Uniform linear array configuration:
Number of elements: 48
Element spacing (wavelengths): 1
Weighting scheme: binomial
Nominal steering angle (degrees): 30
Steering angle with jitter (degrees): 28.664
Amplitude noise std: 0.05
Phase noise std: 0.05

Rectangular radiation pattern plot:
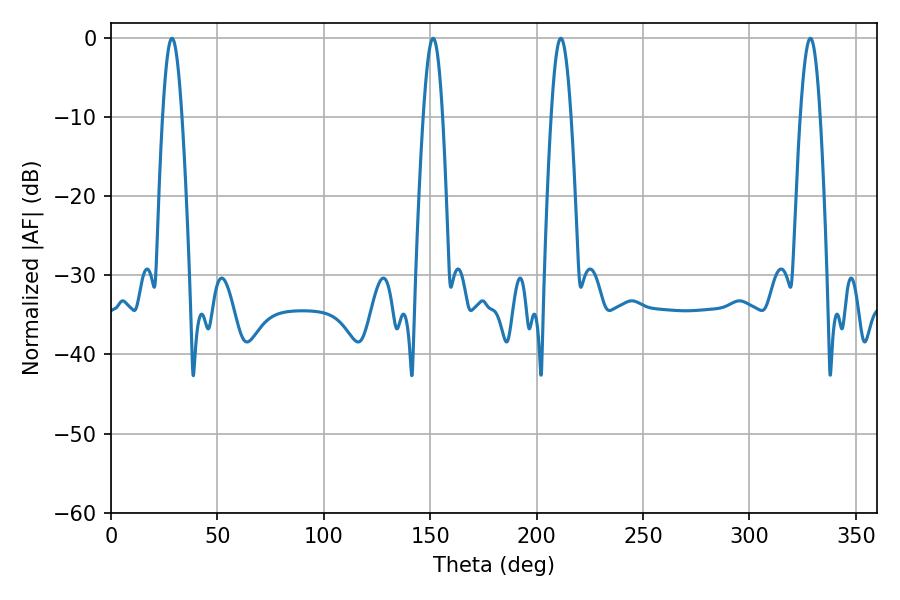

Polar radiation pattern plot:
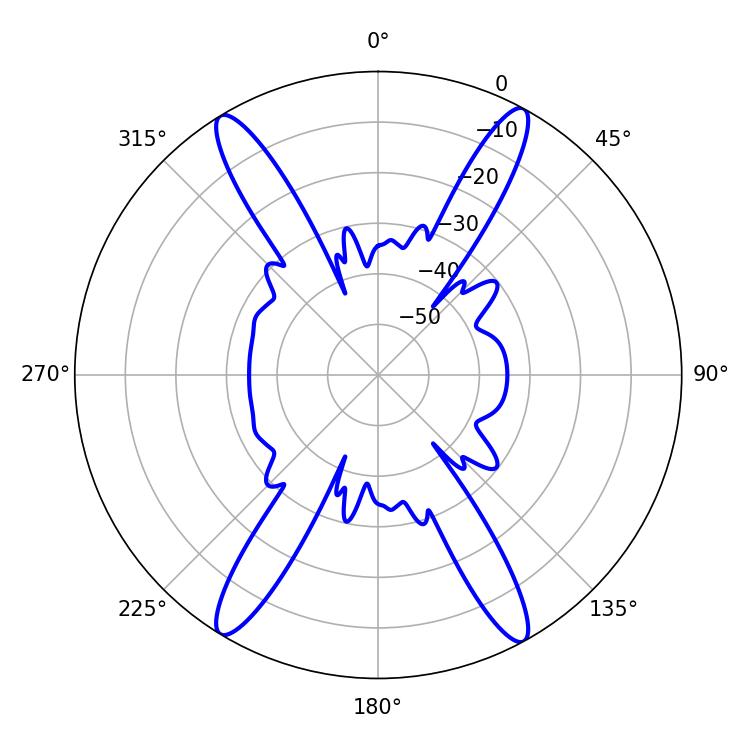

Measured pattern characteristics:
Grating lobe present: TRUE
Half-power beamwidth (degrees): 4.86
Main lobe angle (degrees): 28.62